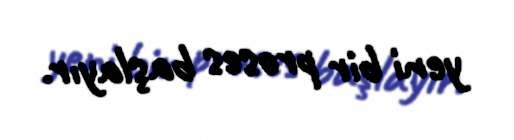
yeni bir proses başlayır.